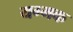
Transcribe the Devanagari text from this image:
यग्मक